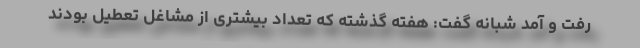
رفت و آمد شبانه گفت: هفته گذشته که تعداد بیشتری از مشاغل تعطیل بودند